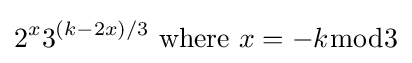
2^{x}3^{(k-2x)/3}{\text{ where }}x=-k{\bmod {3}}